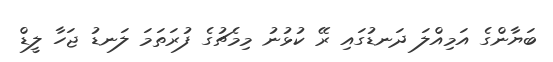
ބަޔާންގެ އަމިއްލަ ދަނޑުގައި ރޭ ކުޅުނު މިމެޗުގެ ފުރަތަމަ ލަނޑު ޖަހާ ލީޑް